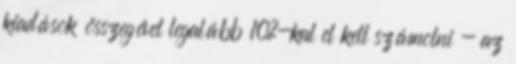
kiadások összegével legalább 10%-kal el kell számolni - az